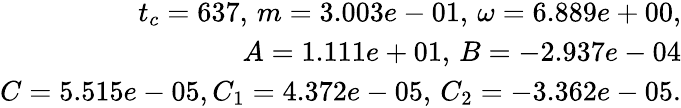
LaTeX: \begin{array}{r}{t_{c}=637,\, m=3.003e-01,\, \omega=6.889e+00,}\\ {A=1.111e+01,\, B=-2.937e-04}\\ {C=5.515e-05,C_{1}=4.372e-05,\, C_{2}=-3.362e-05.}\end{array}